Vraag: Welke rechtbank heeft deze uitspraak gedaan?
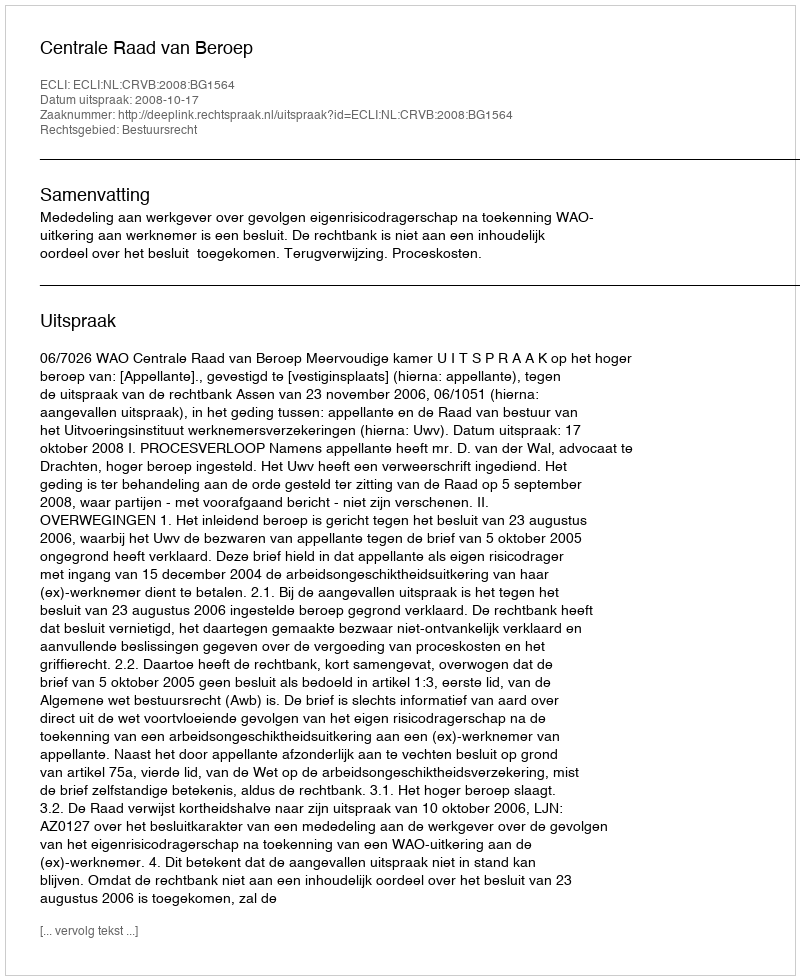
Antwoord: Centrale Raad van Beroep